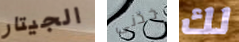
الجيتار خذنى لك